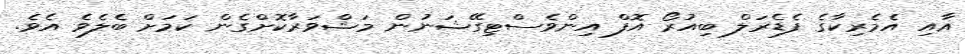
އާއި އެމެރިކާގެ ފެޑެރަލް ބިއުރޯ އޮފް އިންވެސްޓިގޭޝަނުން މަޝްވަރާކޮށްގެން ކަމަށް ބެލެވެ އެވެ.